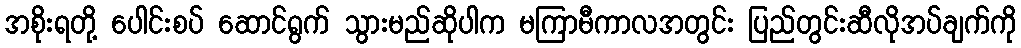
အစိုးရတို့ ပေါင်းစပ် ဆောင်ရွက် သွားမည်ဆိုပါက မကြာမီကာလအတွင်း ပြည်တွင်းဆီလိုအပ်ချက်ကို